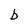
Character: b